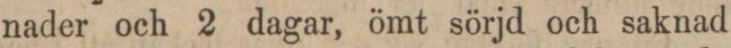
nader och 2 dagar, ömt sörjd och saknad